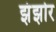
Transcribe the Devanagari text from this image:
झंझोर